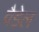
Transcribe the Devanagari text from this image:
वैडेल